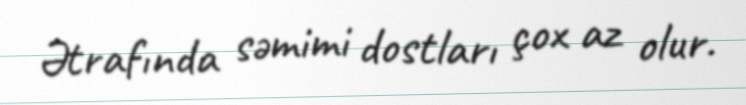
Ətrafında səmimi dostları çox az olur.